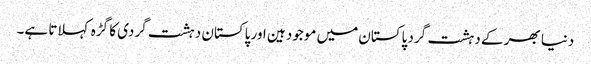
دنیا بھر کے دہشت گرد پاکستان میں موجود ہین اور پاکستان دہشت گردی کا گڑہ کہلاتا ہے۔